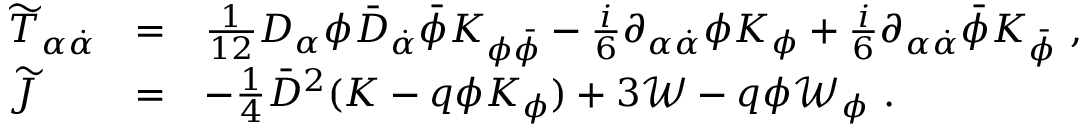
\begin{array} { l l l } { { { \widetilde T } _ { \alpha { \dot { \alpha } } } } } & { { = } } & { { \frac { 1 } { 1 2 } D _ { \alpha } \phi { \bar { D } } _ { \dot { \alpha } } { \bar { \phi } } K _ { \phi { \bar { \phi } } } - \frac { i } { 6 } \partial _ { \alpha { \dot { \alpha } } } \phi K _ { \phi } + \frac { i } { 6 } \partial _ { \alpha { \dot { \alpha } } } { \bar { \phi } } K _ { \bar { \phi } } \ , } } \\ { { { \widetilde J } } } & { { = } } & { { - \frac { 1 } { 4 } { \bar { D } } ^ { 2 } ( K - q \phi K _ { \phi } ) + 3 { \mathcal W } - q \phi { \mathcal W } _ { \phi } \ . } } \end{array}